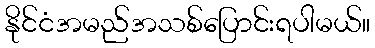
နိုင်ငံအမည်အသစ်ပြောင်းရပါမယ်။